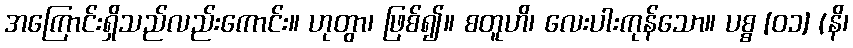
အကြောင်းရှိသည်လည်းကောင်း။ ဟုတွာ၊ ဖြစ်၍။ စတူဟိ၊ လေးပါးကုန်သော။ ပစ္စ [၀၁] (နိ၊